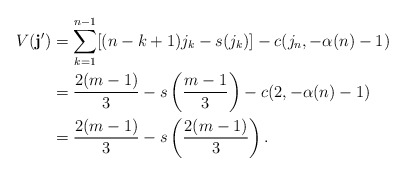
\begin{align*} V(\mathbf{j}') &= \sum_{k=1}^{n-1} [(n-k+1)j_k - s(j_k)] - c(j_n,-\alpha(n)-1) \\ &= \frac{2(m-1)}{3} - s\left(\frac{m-1}{3}\right) - c(2, -\alpha(n) -1) \\ &= \frac{2(m-1)}{3} - s\left(\frac{2(m-1)}{3}\right).\end{align*}